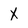
Character: X